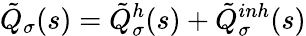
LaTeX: \tilde{Q}_{\sigma}(s)=\tilde{Q}_{\sigma}^{h}(s)+\tilde{Q}_{\sigma}^{inh}(s)